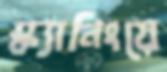
স্ক্যানিংয়ে